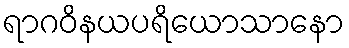
ရာဂဝိနယပရိယောသာနော